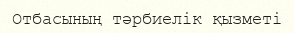
Отбасының тәрбиелік қызметі